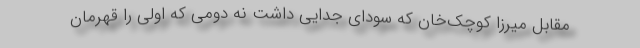
مقابل میرزا کوچک‌خان که سودای جدایی داشت نه دومی که اولی را قهرمان